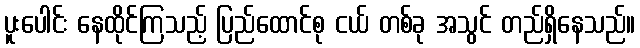
ပူးပေါင်း နေထိုင်ကြသည့် ပြည်ထောင်စု ငယ် တစ်ခု အသွင် တည်ရှိနေသည်။